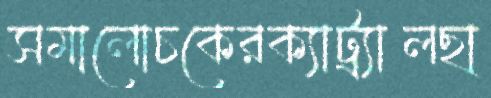
সমালোচকেরক্যাট্র্যালছা